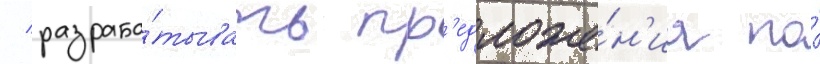
/ разраба́тывать пр'едложе́н'иа по́